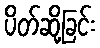
ပိတ်ဆို့ခြင်း